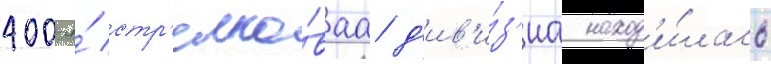
400-я́ стр'елко́ваа д'ив'и́з'иа наход'и́лась